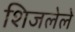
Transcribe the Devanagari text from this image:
शिजलेले